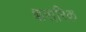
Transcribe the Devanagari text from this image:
शरारिक